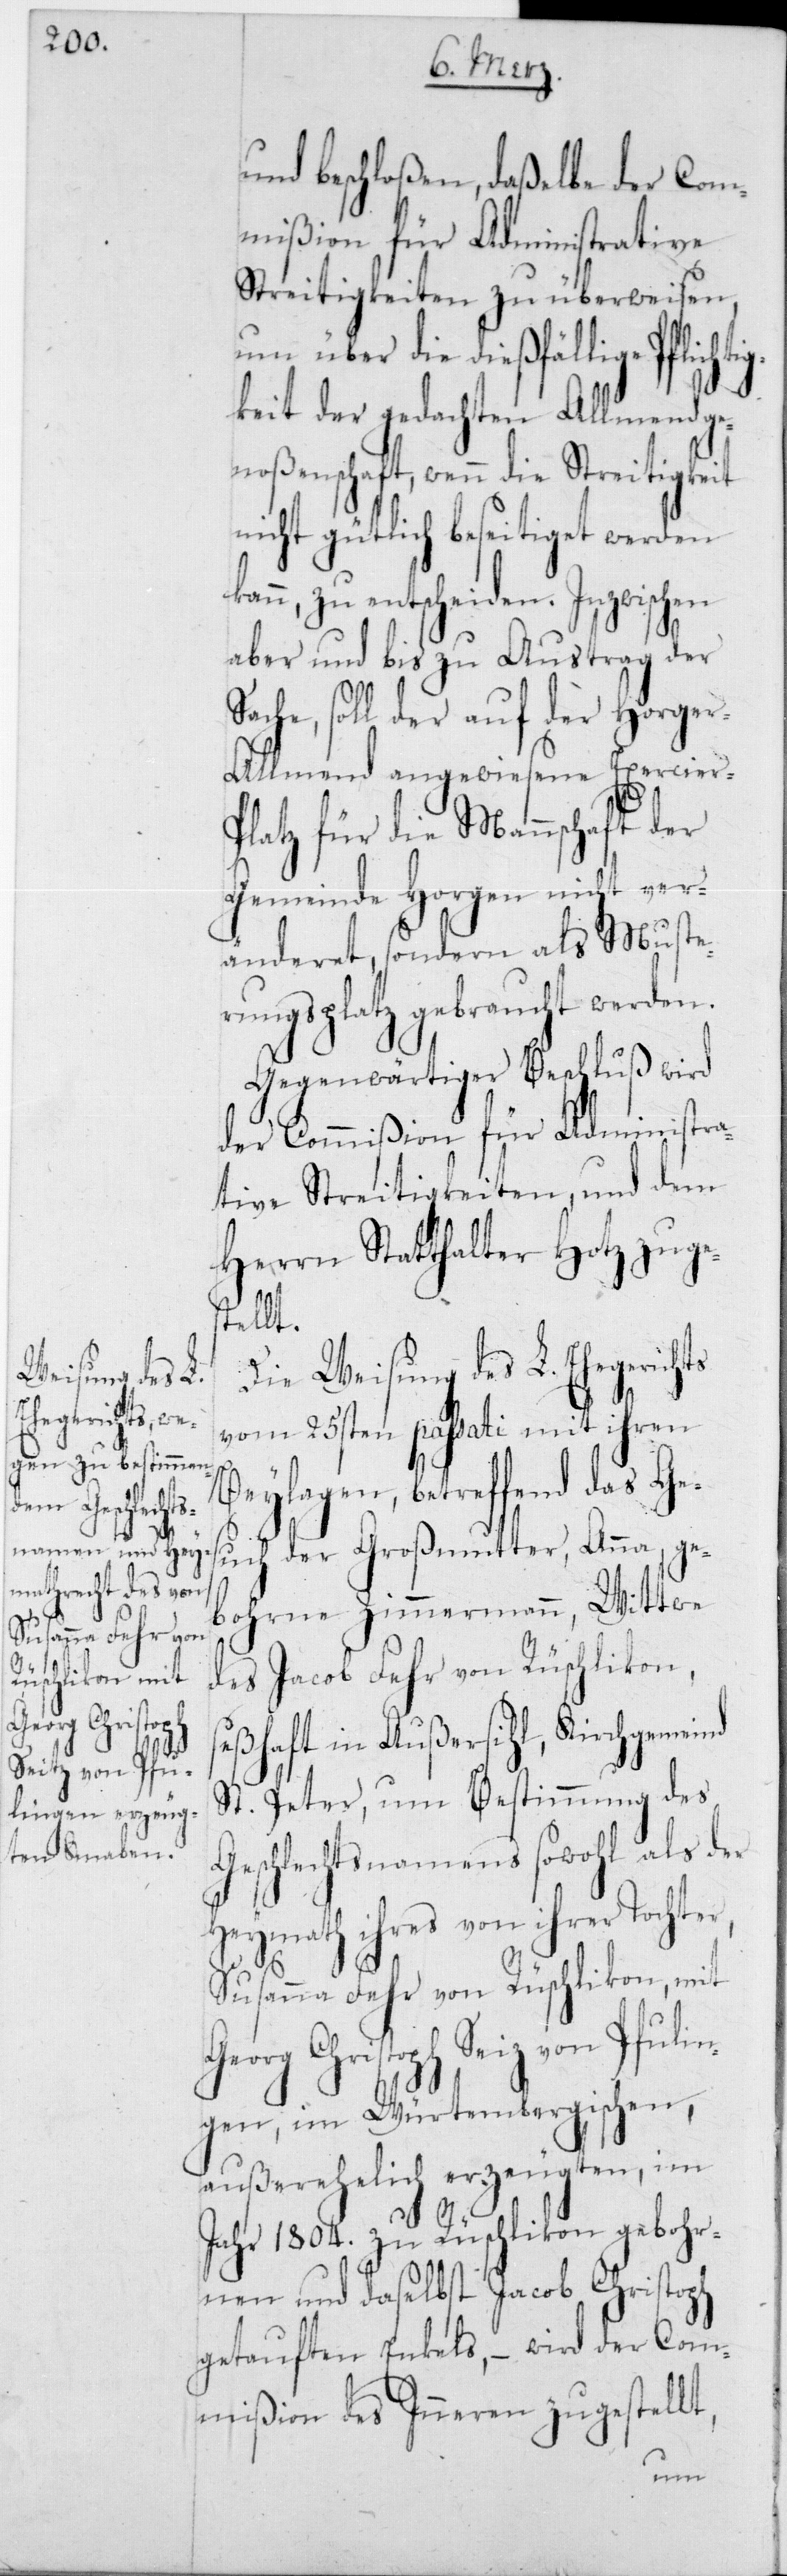
Susanna Fehr von
Rüschlikon, mit
Georg Christoph

und beschloßen, daßelbe der Com¬
mißion für Administrative
Streitigkeiten zu überweisen,
um über die dießfällige Pflichti¬
gkeit der gedachten Allmendge¬
noßenschaft, wenn die Streitigkeit
nicht gütlich beseitiget werden
kann, zu entscheiden. Inzwischen
aber und bis zu Austrag der
che, soll der auf der Horger
Allmend angewiesene Exercierp¬
latz für die Mannschaft der
Gemeinde Horgen nicht ver¬
änderet, sondern als Muste¬
rungsplatz gebraucht werden.
Gegenwärtiger Beschluß wird
der Commißion für Administra¬
tive Streitigkeiten, und dem
Herrn Statthalter Hotz zuges¬
tellt.
Die Weisung des L. Ehegerich¬
vom 25sten passati mit ihren
Beylagen, betreffend das Ges¬
uch der Großmutter, Anna, ge¬
bohrne Zimmermann, Wittwe
des Jacob Fehr von Rüschlikon,
seßhaft in Außersihl, Kirchgemeinde
St. Peter, um Bestimmung des
Geschlechtsnamens sowohl als der
Heymath ihres von ihrer Tochter,
Seiz [sic!] von Pfulin¬
gen, im Würtembergischen,
außerehelich erzeugten, im
Jahr 1804 zu Rüschlikon gebohr¬
nen und daselbst Jacob Christoph
getauften Enkels, – wird der Com¬
mißion des Innern zugestell¬
t,